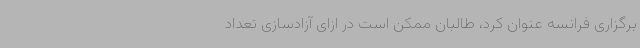
برگزاری فرانسه عنوان کرد، طالبان ممکن است در ازای آزادسازی تعداد